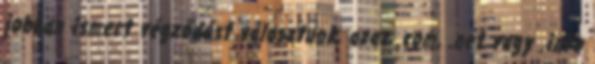
jobban ismert végződést választunk, azaz .com, .net vagy .info